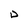
Character: D